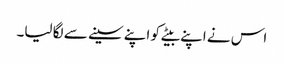
اس نے اپنے بیٹے کو اپنے سینے سے لگا لیا۔